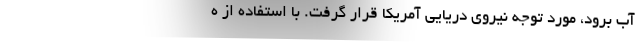
آب برود، مورد توجه نیروی دریایی آمریکا قرار گرفت. با استفاده از ه